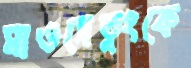
মাওসেতুংকে